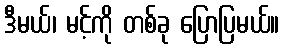
ဒီမယ်၊ မင့်ကို တစ်ခု ပြောပြမယ်။